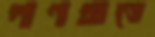
গণখাতে